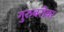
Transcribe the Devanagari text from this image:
गुरुबरोबर